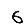
Digit: 6